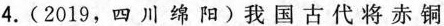
4.(2019，四川绵阳)我国古代将赤铜